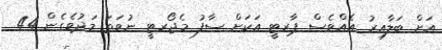
އަށް ބަލާއިރު އެއްވެސް ޕާރޓީ އަކަށް ސާފު މެޖޯރޓީ ނުވަތަ މަދުވެގެން 44